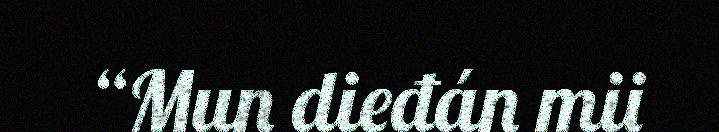
“Mun dieđán mii